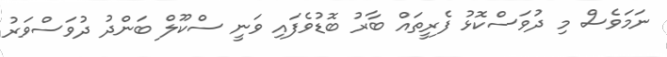
ނަމަވެސް މި ދުވަސްކޮޅު ފެރީތައް ބާރު ބޮޑުވެފައި ވަނީ ސްކޫލް ބަންދު ދުވަސްވަރު